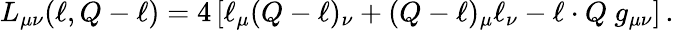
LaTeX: L_{\mu\nu}(\ell,Q-\ell)=4\left[\ell_{\mu}(Q-\ell)_{\nu}+(Q-\ell)_{\mu}\ell_{\nu}-\ell\cdot Q\ g_{\mu\nu}\right]\, .